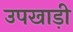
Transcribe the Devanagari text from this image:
उपखाड़ी